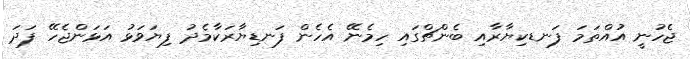
ޖެހުނީ އުއްތަމަ ފަނޑކިޔާރާއި ބެންޗްގައި ހިމެނޭ އެހެން ފަނޑިޔާރަކާމެދު ފިޔަވަޅު އަޅަންޖެހޭ ފަދަ